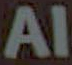
AI